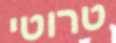
טרוטי